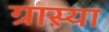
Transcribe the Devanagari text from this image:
ग्रास्या